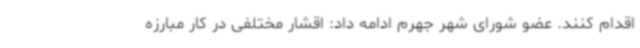
اقدام کنند. عضو شورای شهر جهرم ادامه داد: اقشار مختلفی در کار مبارزه